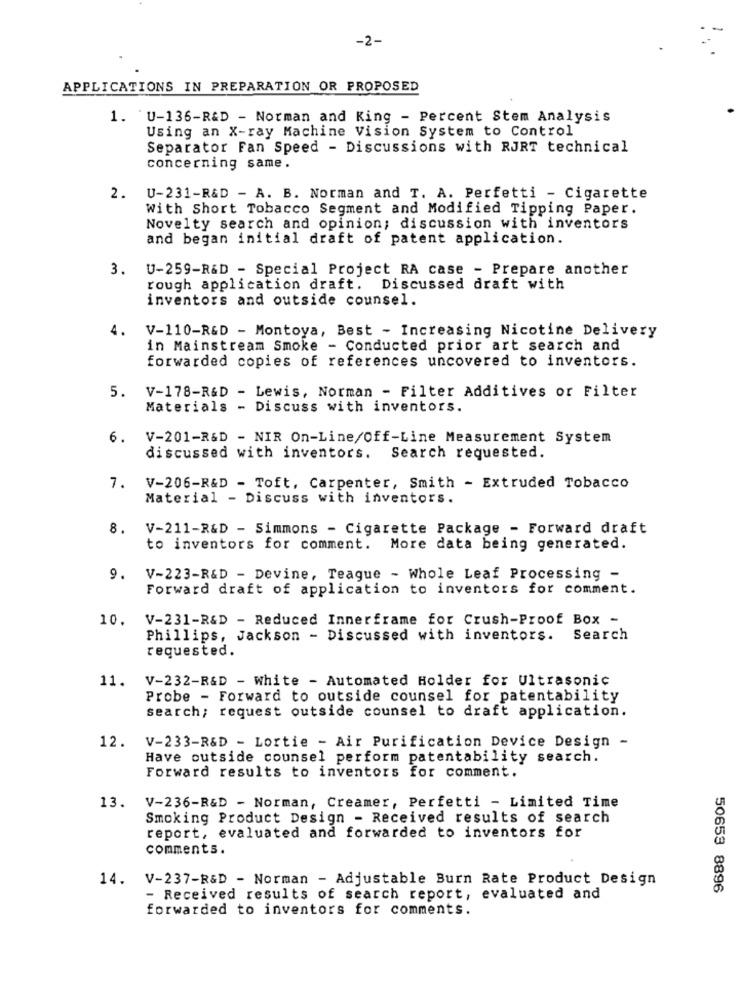
-2-
APPLICATIONS IN PREPARATION OR PROPOSED
1. 'U-136-R&D - Norman and King - Percent Stem Analysis
Using an X-ray Machine Vision System to Control
Separator Fan Speed - Discussions with RJRT technical
concerning same.
2.
U-231-R&D - A. B. Norman and T. A. Perfetti - Cigarette
With Short Tobacco Segment and Modified Tipping Paper.
Novelty search and opinion; discussion with inventors
and began initial draft of patent application.
3.
U-259-R&D - Special Project RA case - Prepare another
rough application draft. Discussed draft with
inventors and outside counsel.
4.
V-110-R&D - Montoya, Best - Increasing Nicotine Delivery
in Mainstream Smoke - Conducted prior art search and
forwarded copies of references uncovered to inventors.
V-178-R&D - Lewis, Norman - Filter Additives or Filter
5.
Materials - Discuss with inventors.
6.
V-201-R&D - NIR On-Line/Off-Line Measurement System
discussed with inventors. Search requested.
7.
V-206-R&D - Toft, Carpenter, Smith - Extruded Tobacco
Material - Discuss with inventors.
8.
V-211-R&D - Simmons - Cigarette Package - Forward draft
to inventors for comment. More data being generated.
9.
V-223-R&D - Devine, Teague - Whole Leaf Processing -
Forward draft of application to inventors for comment.
10.
V-231-R&D - Reduced Innerframe for Crush-Proof Box -
Phillips, Jackson - Discussed with inventors.
Search
requested.
11. V-232-R&D - White - Automated Holder for Ultrasonic
Probe - Forward to outside counsel for patentability
search; request outside counsel to draft application.
12.
V-233-R&D - Lortie - Air Purification Device Design -
Have outside counsel perform patentability search.
Forward results to inventors for comment.
13.
V-236-R&D - Norman, Creamer, Perfetti - Limited Time
Smoking Product Design - Received results of search
report, evaluated and forwarded to inventors for
comments.
14. V-237-R&D - Norman - Adjustable Burn Rate Product Design
50653 8896
- Received results of search report, evaluated and
forwarded to inventors for comments.